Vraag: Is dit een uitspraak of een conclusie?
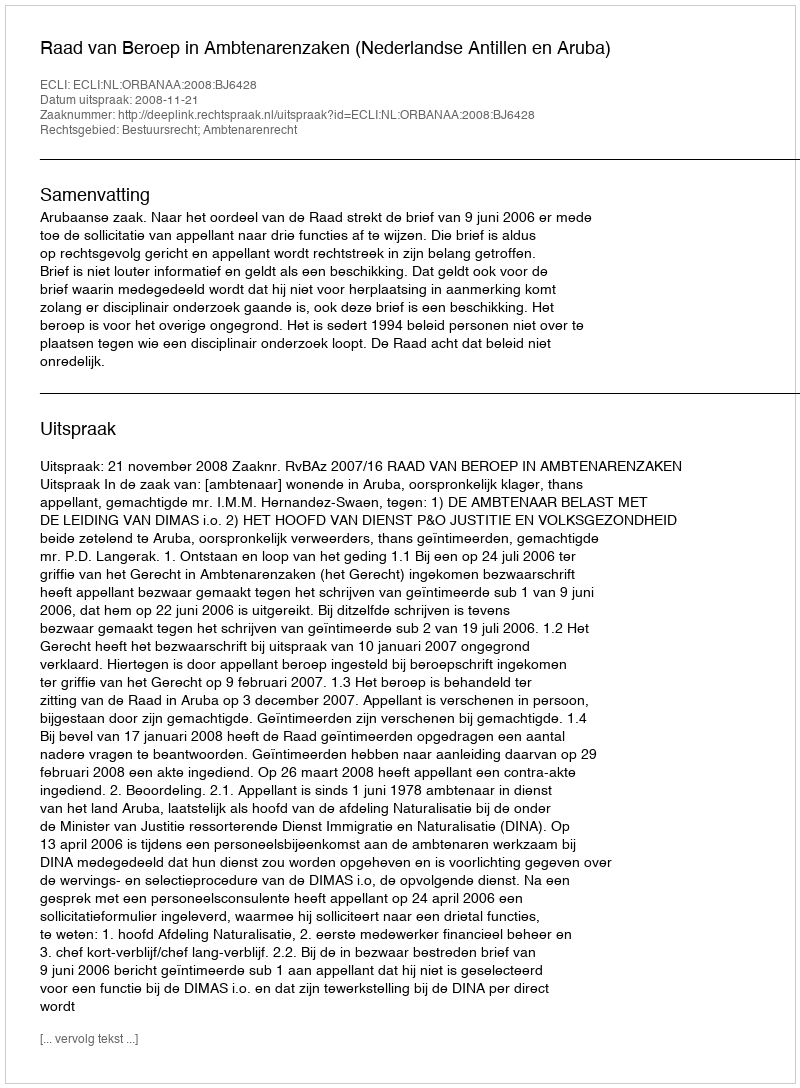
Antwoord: Uitspraak